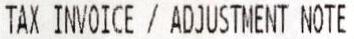
TAX INVOICE / ADJUSTMENT NOTE